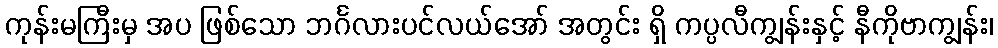
ကုန်းမကြီးမှ အပ ဖြစ်သော ဘင်္ဂလားပင်လယ်အော် အတွင်း ရှိ ကပ္ပလီကျွန်းနှင့် နီကိုဗာကျွန်း၊